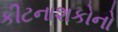
કીટનાશકોનો